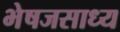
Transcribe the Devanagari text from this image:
भेषजसाध्य